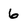
Character: 6